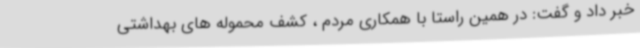
خبر داد و گفت: در همین راستا با همکاری مردم ، کشف محموله های بهداشتی